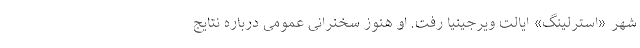
شهر «استرلینگ» ایالت ویرجینیا رفت. او هنوز سخنرانی عمومی درباره نتایج